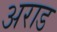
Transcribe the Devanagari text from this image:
अराड